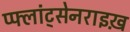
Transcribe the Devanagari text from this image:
प्फ्लांट्सेनराइख़